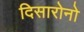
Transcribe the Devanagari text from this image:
दिसारोनो